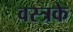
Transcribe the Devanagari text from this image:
वस्त्रके